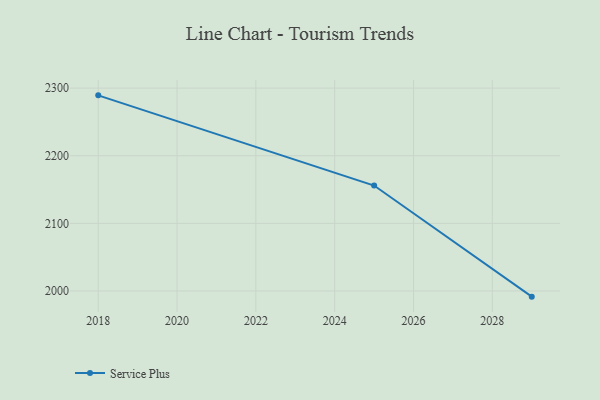
{"axis": {"x": "Year", "y": "Waste Production (Tons)"}, "legend": ["Service Plus"], "data": [{"x": "2018", "y": 2289.3, "type": "Service Plus"}, {"x": "2025", "y": 2155.9, "type": "Service Plus"}, {"x": "2029", "y": 1991.6, "type": "Service Plus"}]}